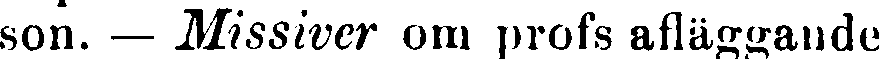
son. — Missiver om profs afläggande